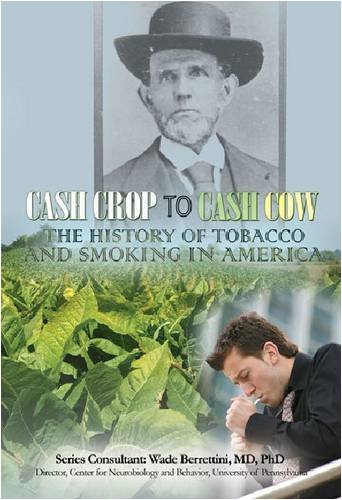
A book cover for Cash Crop to Cash Cow: The History of Tobacco and Smoking in America (Tobacco: the Deadly Drug); Mary Meinking; Teen & Young Adult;